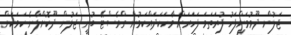
ޖަލުން ދޫވުމަށްފަހު ފުރަތަމަ ފަހަރަށް ވާހަކަދައްކަމުން ގްރެސްޓޭ ބުނީ ޖަލުން ދޫކޮށްލާނެ ކަމަކަށް